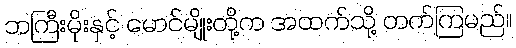
ဘကြီးမိုးနှင့် မောင်မျိုးတို့က အထက်သို့ တက်ကြမည်။